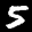
Label: 5